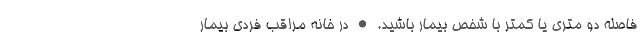
فاصلهٔ دو متری یا کمتر با شخص بیمار باشید. • در خانه مراقب فردی بیمار